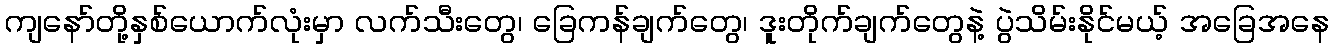
ကျနော်တို့နှစ်ယောက်လုံးမှာ လက်သီးတွေ၊ ခြေကန်ချက်တွေ၊ ဒူးတိုက်ချက်တွေနဲ့ ပွဲသိမ်းနိုင်မယ့် အခြေအနေ